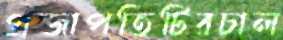
প্রজাপতিটিরচাল